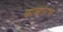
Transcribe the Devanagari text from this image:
काव्यप्रेरणा